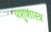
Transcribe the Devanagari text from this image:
पशुशास्त्र